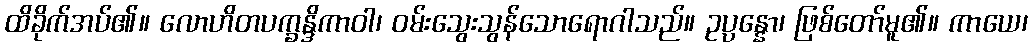
ထိခိုက်အပ်၏။ လောဟိတပက္ခန္ဒိကာဝါ၊ ဝမ်းသွေးသွန်သောရောဂါသည်။ ဥပ္ပန္နော၊ ဖြစ်တော်မူ၏။ ကာယေ၊